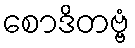
စောဒိတဗ္ဗံ